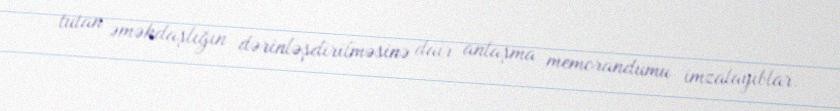
tutan əməkdaşlığın dərinləşdirilməsinə dair anlaşma memorandumu imzalayıblar.